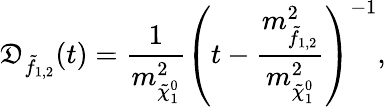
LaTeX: \mathfrak{D}_{\tilde{{f}}_{1,2}}(t)=\frac{{1}}{{m_{\tilde{{\chi}}_{1}^{0}}^{2}}}\left(t-\frac{{m_{\tilde{{f}}_{1,2}}^{2}}}{{m_{\tilde{{\chi}}_{1}^{0}}^{2}}}\right)^{-1},